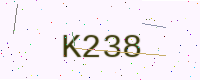
Text: K238